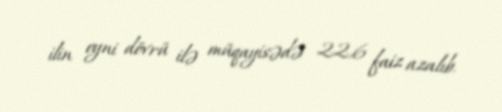
ilin eyni dövrü ilə müqayisədə 22,6 faiz azalıb.